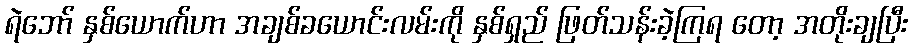
ရဲဘော် နှစ်ယောက်ဟာ အချစ်ခယောင်းလမ်းကို နှစ်ရှည် ဖြတ်သန်းခဲ့ကြရ တော့ အတိုးချပြီး